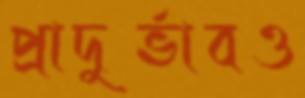
প্রাদুর্ভাবও